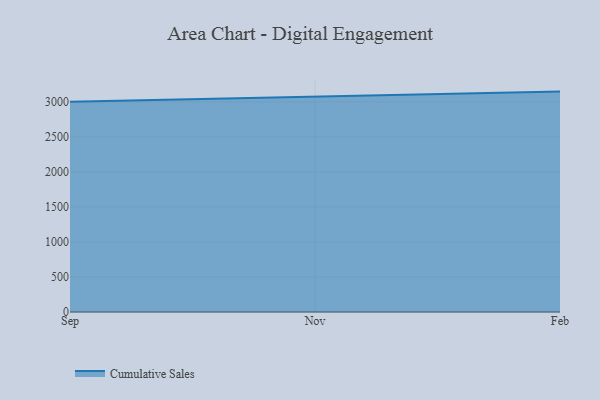
{"axis": {"x": "Month", "y": "Tickets Resolved"}, "legend": ["Cumulative Sales"], "data": [{"x": "Sep", "y": 3000.4, "type": "Cumulative Sales"}, {"x": "Nov", "y": 3068.5, "type": "Cumulative Sales"}, {"x": "Feb", "y": 3146.5, "type": "Cumulative Sales"}]}